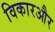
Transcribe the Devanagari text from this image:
विकारऔर